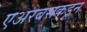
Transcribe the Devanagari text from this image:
एअरबसकडून